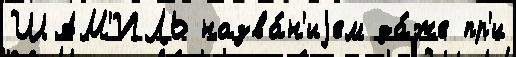
ШАМ'ИЛЬ назва́н'иjем да́же пр'и